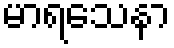
မာရသေနာ